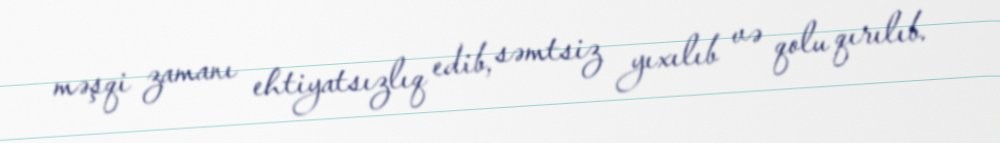
məşqi zamanı ehtiyatsızlıq edib, səmtsiz yıxılıb və qolu qırılıb.